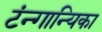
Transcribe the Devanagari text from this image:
टंन्गान्यिका